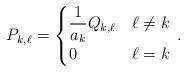
LaTeX: \begin{align*}{ P_{k,\ell} = \begin{cases} {\displaystyle \frac{1}{a_k} Q_{k,\ell} } & \ell \neq k\\ 0 &\ell = k\end{cases}} \ .\end{align*}